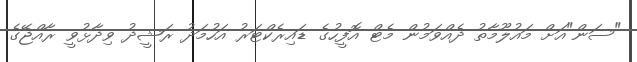
"ސަން"އަށް މައުލޫމާތު ދެއްވަމުން މެޓް އޮފީހުގެ ޑައިރެކްޓަރު އަހުމަދު ރަޝީދު ވިދާޅުވީ ރާއްޖޭގެ